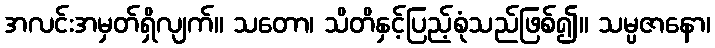
အလင်းအမှတ်ရှိလျက်။ သတော၊ သိတိနှင့်ပြည့်စုံသည်ဖြစ်၍။ သမ္ပဇာနော၊